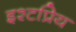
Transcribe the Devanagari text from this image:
इश्टप्रिय